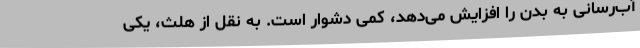
آب‌رسانی‌ به بدن را افزایش می‌دهد، کمی دشوار است. به نقل از هلث، یکی